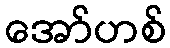
အော်ဟစ်